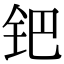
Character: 钯